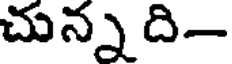
చున్న ది-